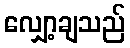
လျှော့ချသည်